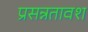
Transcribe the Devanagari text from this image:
प्रसन्नतावश